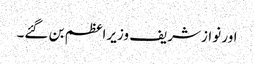
اور نوازشریف وزیراعظم بن گئے۔